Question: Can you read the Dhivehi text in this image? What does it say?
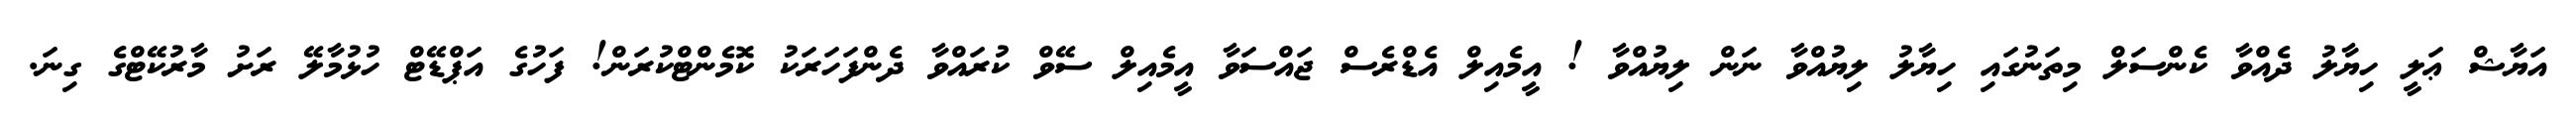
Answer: އަޔާޝް ޢަލީ ހިޔާލު ދެއްވާ ކެންސަލް މިތަނުގައި ހިޔާލު ލިޔުއްވާ ނަން ލިޔުއްވާ ! އީމެއިލް އެޑްރެސް ޖައްސަވާ އީމެއިލް ސޭވް ކުރައްވާ ދެންފަހަރަކު ކޮމެންޓްކުރަން! ފަހުގެ އަޕްޑޭޓް ހުޅުމާލޭ ރަށު މާރުކޭޓްގެ ގިނަ.